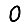
Digit: 0